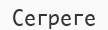
Сегреге